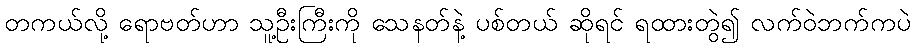
တကယ်လို့ ရောဗတ်ဟာ သူ့ဦးကြီးကို သေနတ်နဲ့ ပစ်တယ် ဆိုရင် ရထားတွဲ၍ လက်ဝဲဘက်ကပဲ